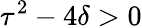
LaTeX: \tau^{2}-4\delta>0